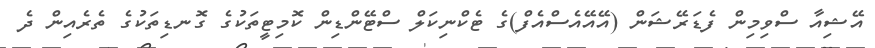
އޭޝިއާ ސްވިމިން ފެޑަރޭޝަން (އޭއޭއެސްއެފް)ގެ ޓެކްނިކަލް ސްޓޭންޑިން ކޮމިޓީތަކުގެ ގޮނޑިތަކުގެ ތެރެއިން ދެ